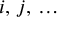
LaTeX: i , \, j , \, \ldots